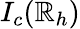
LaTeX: I_{c}(\mathbb{R}_{h})